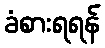
ခံစားရရန်